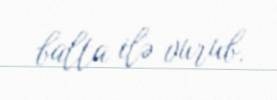
balta ilə vurub.